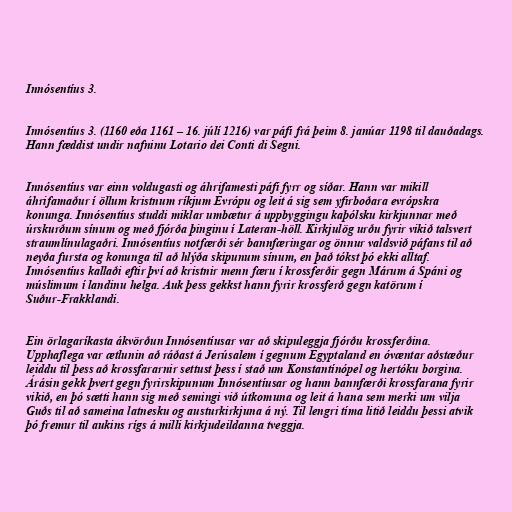
Innósentíus 3.

Innósentíus 3. (1160 eða 1161 – 16. júlí 1216) var páfi frá þeim 8. janúar 1198 til dauðadags.
Hann fæddist undir nafninu Lotario dei Conti di Segni.

Innósentíus var einn voldugasti og áhrifamesti páfi fyrr og síðar. Hann var mikill
áhrifamaður í öllum kristnum ríkjum Evrópu og leit á sig sem yfirboðara evrópskra
konunga. Innósentíus studdi miklar umbætur á uppbyggingu kaþólsku kirkjunnar með
úrskurðum sínum og með fjórða þinginu í Lateran-höll. Kirkjulög urðu fyrir vikið talsvert
straumlínulagaðri. Innósentíus notfærði sér bannfæringar og önnur valdsvið páfans til að
neyða fursta og konunga til að hlýða skipunum sínum, en það tókst þó ekki alltaf.
Innósentíus kallaði eftir því að kristnir menn færu í krossferðir gegn Márum á Spáni og
múslimum í landinu helga. Auk þess gekkst hann fyrir krossferð gegn katörum í
Suður-Frakklandi.

Ein örlagaríkasta ákvörðun Innósentíusar var að skipuleggja fjórðu krossferðina.
Upphaflega var ætlunin að ráðast á Jerúsalem í gegnum Egyptaland en óvæntar aðstæður
leiddu til þess að krossfararnir settust þess í stað um Konstantínópel og hertóku borgina.
Árásin gekk þvert gegn fyrirskipunum Innósentíusar og hann bannfærði krossfarana fyrir
vikið, en þó sætti hann sig með semingi við útkomuna og leit á hana sem merki um vilja
Guðs til að sameina latnesku og austurkirkjuna á ný. Til lengri tíma litið leiddu þessi atvik
þó fremur til aukins rígs á milli kirkjudeildanna tveggja.